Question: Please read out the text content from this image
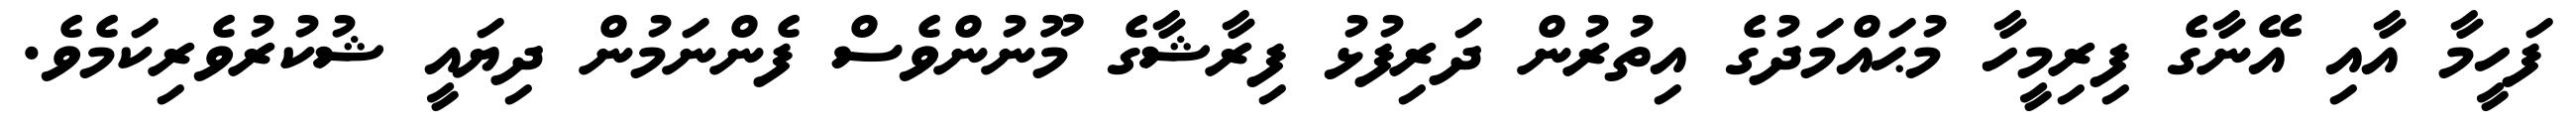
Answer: ފަހީމާ އާއި އޭނާގެ ފިރިމީހާ މުޙައްމަދުގެ އިތުރުން ދަރިފުޅު ފިރާޝާގެ މޫނުންވެސް ފެންނަމުން ދިޔައީ ޝުކުރުވެރިކަމެވެ.